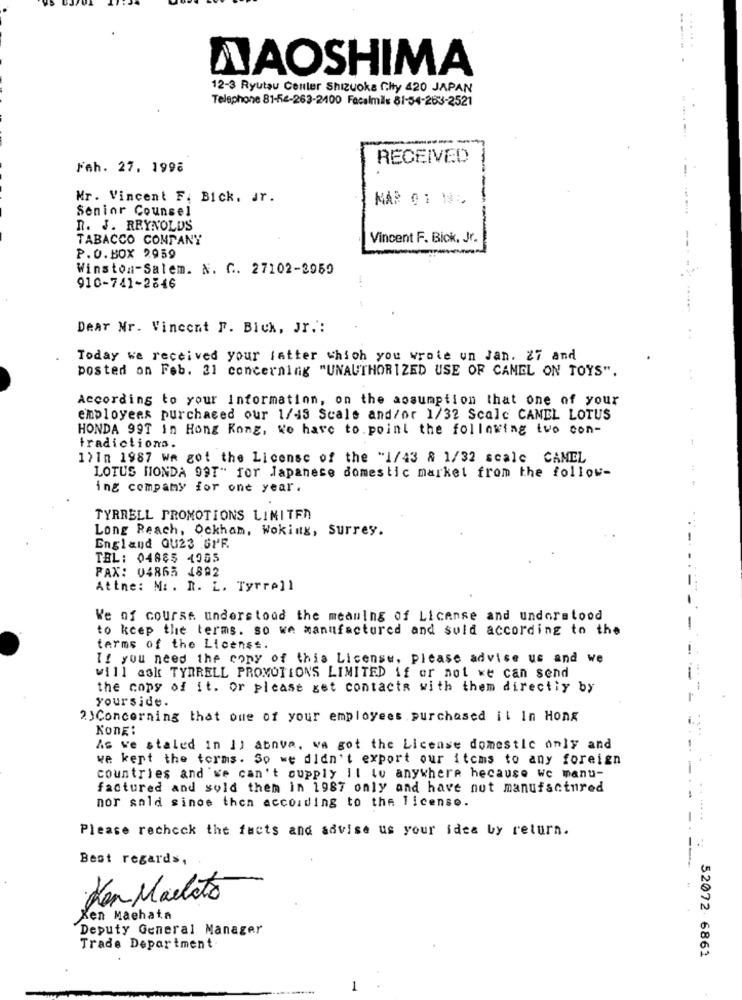
......
NAOSHIMA
12-3 Ryutau Center Shizuoka fity 420 JAPAN
Telephone 81-5-263-2100 Facelmils 81-54-263-2521
RECEIVED
Fah. 27, 1998
Mr. Vincent F. Bick. Jr.
MAR 01 19:
Senior Counsel
n. J. REYNOLDS
----
TABACCO COMPANY
Vincent F. Bick, Jr.
P.O.BOX 2959
Winston-Salem. N. C. 27102-2959
910-741-2846
Dear Nr. Vincent F. Bick, Jr .:
Today we received your latter which you wrote un Jan. 27 and
posted on Feb. 21 concerning "UNAUTHORIZED USE OF CAMEL ON TOYS".
According to your Information, on the assumption that one of your
employees purchased our 1/45 Scale and/or 1/32 Scale CANEL LOTUS
HONDA 99T in Hong Kong, We have to point the following two con-
tradictions.
1)In 1987 we got the License of the "1/43 & 1/32 scale CAMEL
LOTUS HONDA 99T" for Japanese domestic market from the follow-
ing company for one year.
TYRRELL PROMOTIONS LIMITEA
Long Reach, Ockham, Woking, Surrey.
-.
England OU23 SPR
TEL: 04885 4055
FAX: 04865 4892
Attne: Mr. R. L. Tyrrell
We of course understood the meaning of License and understood
to keep the terms. so we manufactured and suld according to the
terms of the License.
If you need the copy of this License, Please advise us and we
will ask TYRRELL PROMOTIONS LIMITED if or not we can send
the copy of it. Or please get contacts with them directly by
yourside.
23Concerning that one of your employees purchased il In Hong
Kong:
..
As ve staled in Il abnva, va got the License domestic only and
we kept the terms. So we didn't export our items to any foreign
-- -
countries and 'we can't supply Il tu anywhere hecause We manu-
factured and sold them in 1987 only and have not manufactured
nor sold since then according to the license.
Please recheck the facts and advise us your idea by return.
Best regards,
Ken Malleto
Xen Machata
Deputy General Manager
Trade Department
52072 6861
1